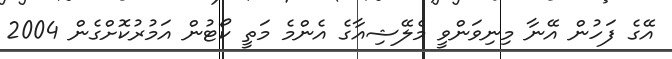
އޭގެ ފަހުން އޭނާ މިނިވަންވީ މެލޭޝިއާގެ އެންމެ މަތީ ކޯޓުން އަމުރުކޮށްގެން 2004